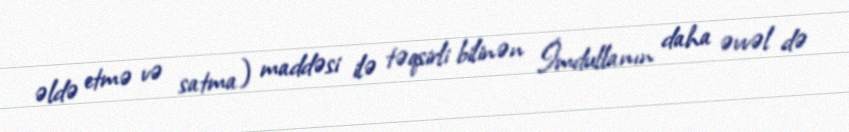
əldə etmə və satma) maddəsi ilə təqsirli bilinən İmdullanın daha əvvəl də